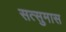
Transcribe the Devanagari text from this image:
सत्सुमास